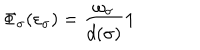
\Phi _ { \sigma } ( \varepsilon _ { \sigma } ) = \frac { \omega _ { \sigma } } { d ( \sigma ) } { \bf 1 }